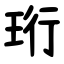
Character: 珩